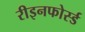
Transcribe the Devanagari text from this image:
रीइनफोर्स्ड